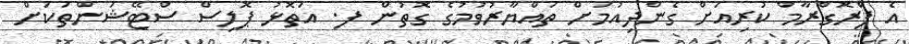
އެ ޕްރޮގްރާމް ކުރިއަށް ގެންދިއުމަށް ތައްޔާރުވުމުގެ ގޮތުން ފ. އަތޮޅު ޕޮލިސް ސްޓޭޝަންތަކަށް